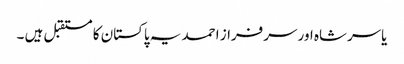
یاسرشاہ اور سرفراز احمد یہ پاکستان کا مستقبل ہیں ۔